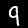
Digit: 9